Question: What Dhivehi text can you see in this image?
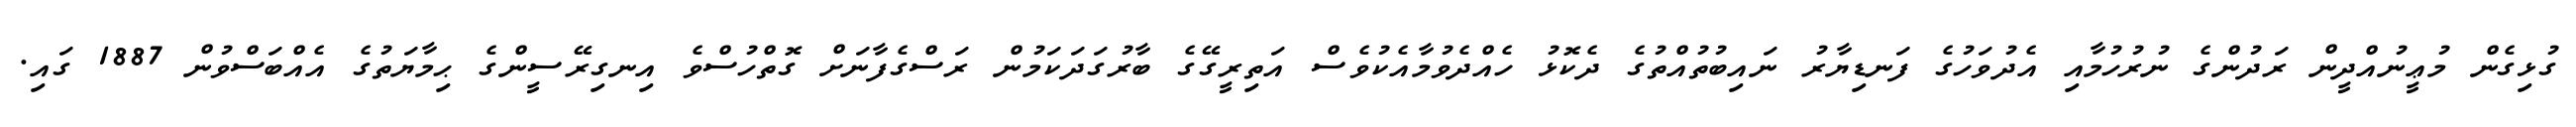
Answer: ގުޅިގެން މުޢީނުއްދީން ރަދުންގެ ނުރުހުމާއި އެދުވަހުގެ ފަނޑިޔާރު ނައިބުތުއްތުގެ ދެކޮޅު ހެއްދެވުމާއެކުވެސް އަތިރީގޭގެ ބާރުގަދަކަމުން ރަސްގެފާނަށް ގޮތްހުސްވެ އިނގިރޭސީންގެ ޙިމާޔަތުގެ އެއްބަސްވުން 1887 ގައި.